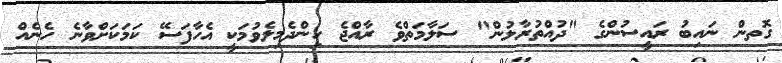
ގޮތން ނައިބު ރައީސުންގެ "ދުއްތުރާލުން" ސަލާމަތްވެ ރާއްޖެ ހިންދެމިލެވުމަކީ އެހާފަސޭ ކަމަކަށްވާނެ ހެނެއް